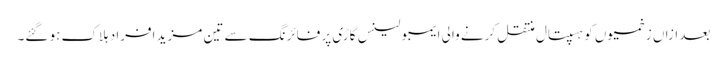
بعد ازاں زخمیوں کو ہسپتال منتقل کرنے والی ایمبولینس گاڑی پر فائرنگ سے تین مزید افراد ہلاک ہو گئے۔